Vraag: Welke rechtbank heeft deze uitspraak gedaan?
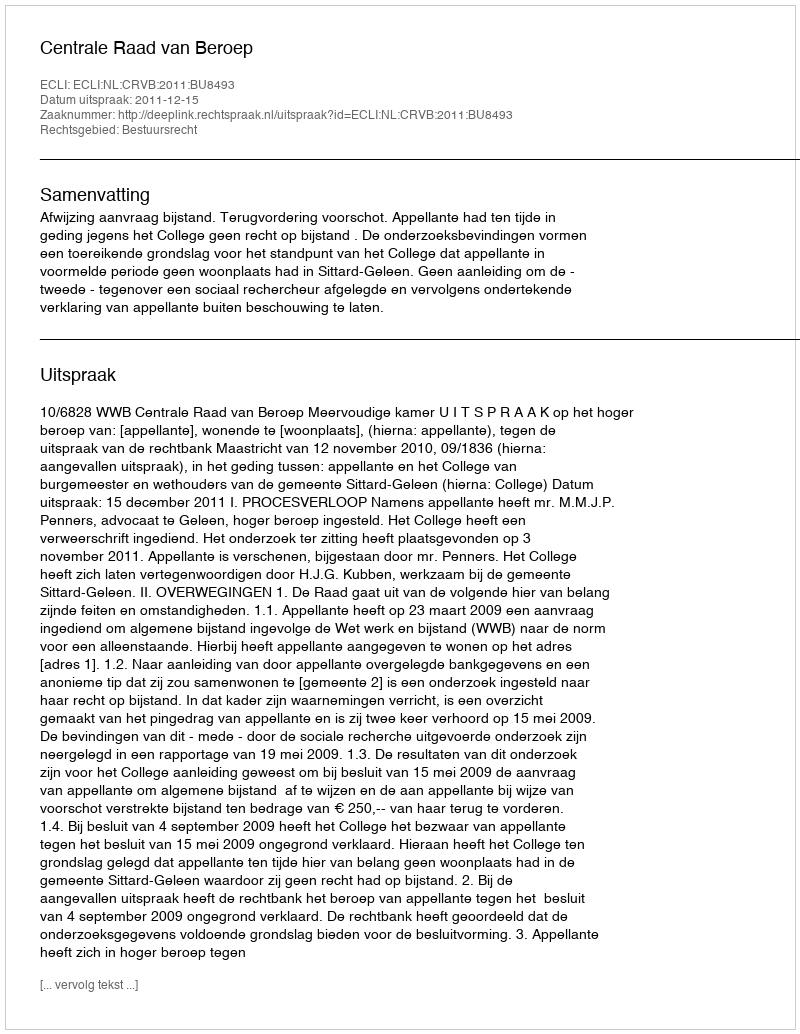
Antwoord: Centrale Raad van Beroep